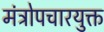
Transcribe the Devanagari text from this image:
मंत्रोपचारयुक्त